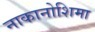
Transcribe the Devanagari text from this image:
नाकानोशिमा